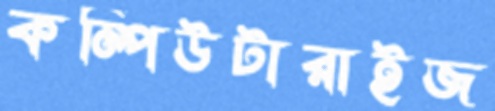
কম্পিউটারাইজ